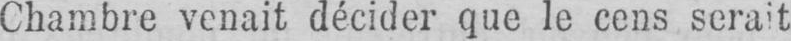
Chambre venait décider que le cens serait